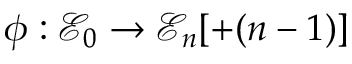
\phi : { \mathcal { E } } _ { 0 } \to { \mathcal { E } } _ { n } [ + ( n - 1 ) ]